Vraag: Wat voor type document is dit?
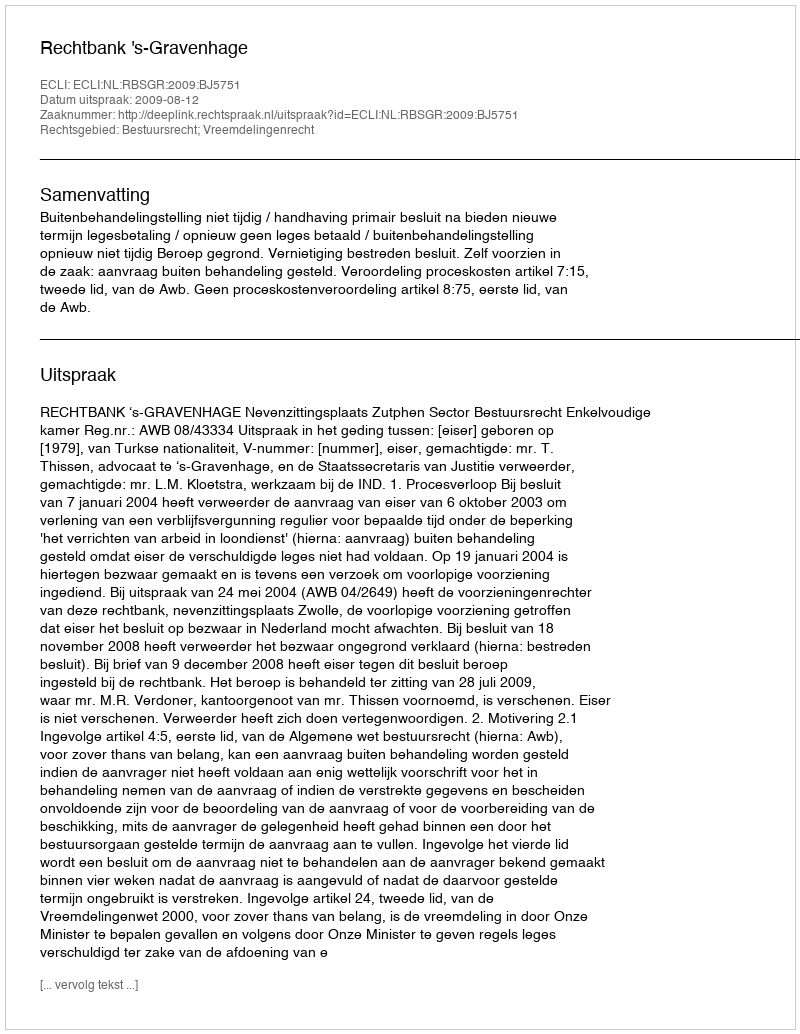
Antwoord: Uitspraak